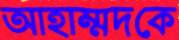
আহাম্মদকে